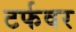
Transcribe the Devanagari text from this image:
टर्फवर